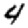
Digit: 4